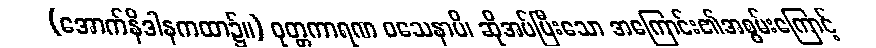
(အောက်နိဒါနကထာ၌။) ဝုတ္တကာရဏ ဝသေနာပိ၊ ဆိုအပ်ပြီးသော အကြောင်း၏အစွမ်းကြောင့်